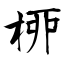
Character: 桺